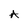
Character: A